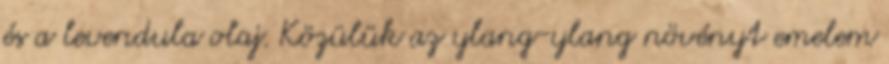
és a levendula olaj. Közülük az ylang-ylang növényt emelem